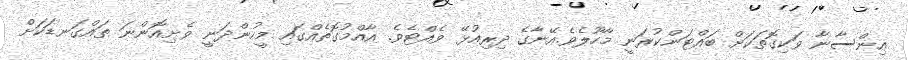
އިންސާނާ ވަކިގޮތަކަށް ބައްޓަންކުރަނީ މާހޫލެވެ.އޭނާގެ ދިރިއުޅޭ ވެއްޓެވެ. އާއްމުގޮތެއްގައި މީހުންދަނީ ވެށިއޮންނަ ތައްގަނޑަކަށް